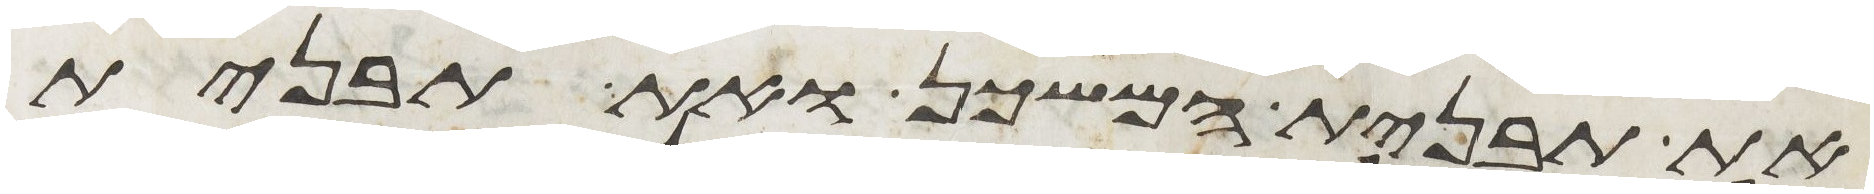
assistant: את תבנית המשכן ואת תבנית